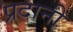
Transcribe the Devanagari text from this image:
प्रदानी